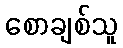
စောချစ်သူ